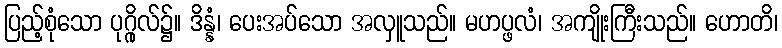
ပြည့်စုံသော ပုဂ္ဂိုလ်၌။ ဒိန္နံ၊ ပေးအပ်သော အလှူသည်။ မဟပ္ဖလံ၊ အကျိုးကြီးသည်။ ဟောတိ၊